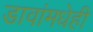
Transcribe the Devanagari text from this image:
डावांमधेही